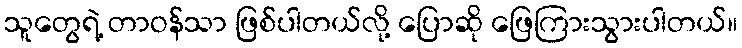
သူတွေရဲ့ တာဝန်သာ ဖြစ်ပါတယ်လို့ ပြောဆို ဖြေကြားသွားပါတယ်။